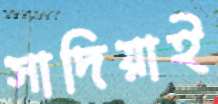
সাদিয়াই